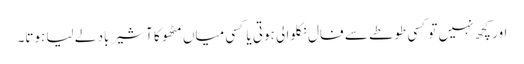
اور کچھ نہیں تو کسی طوطے سے فال نکلوا لی ہوتی یا کسی میاں مٹھو کا آشیر باد لے لیا ہوتا۔